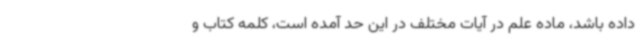
داده باشد، ماده علم در آیات مختلف در این حد آمده است، کلمه کتاب و